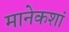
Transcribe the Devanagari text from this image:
मानेकशां